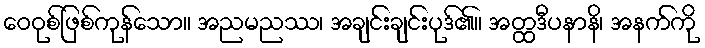
ဝေဝုစ်ဖြစ်ကုန်သော။ အညမညဿ၊ အချင်းချင်းပုဒ်၏။ အတ္ထဒီပနာနိ၊ အနက်ကို